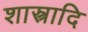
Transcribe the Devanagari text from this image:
शास्त्रादि